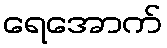
ရေအောက်